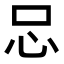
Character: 𢗀